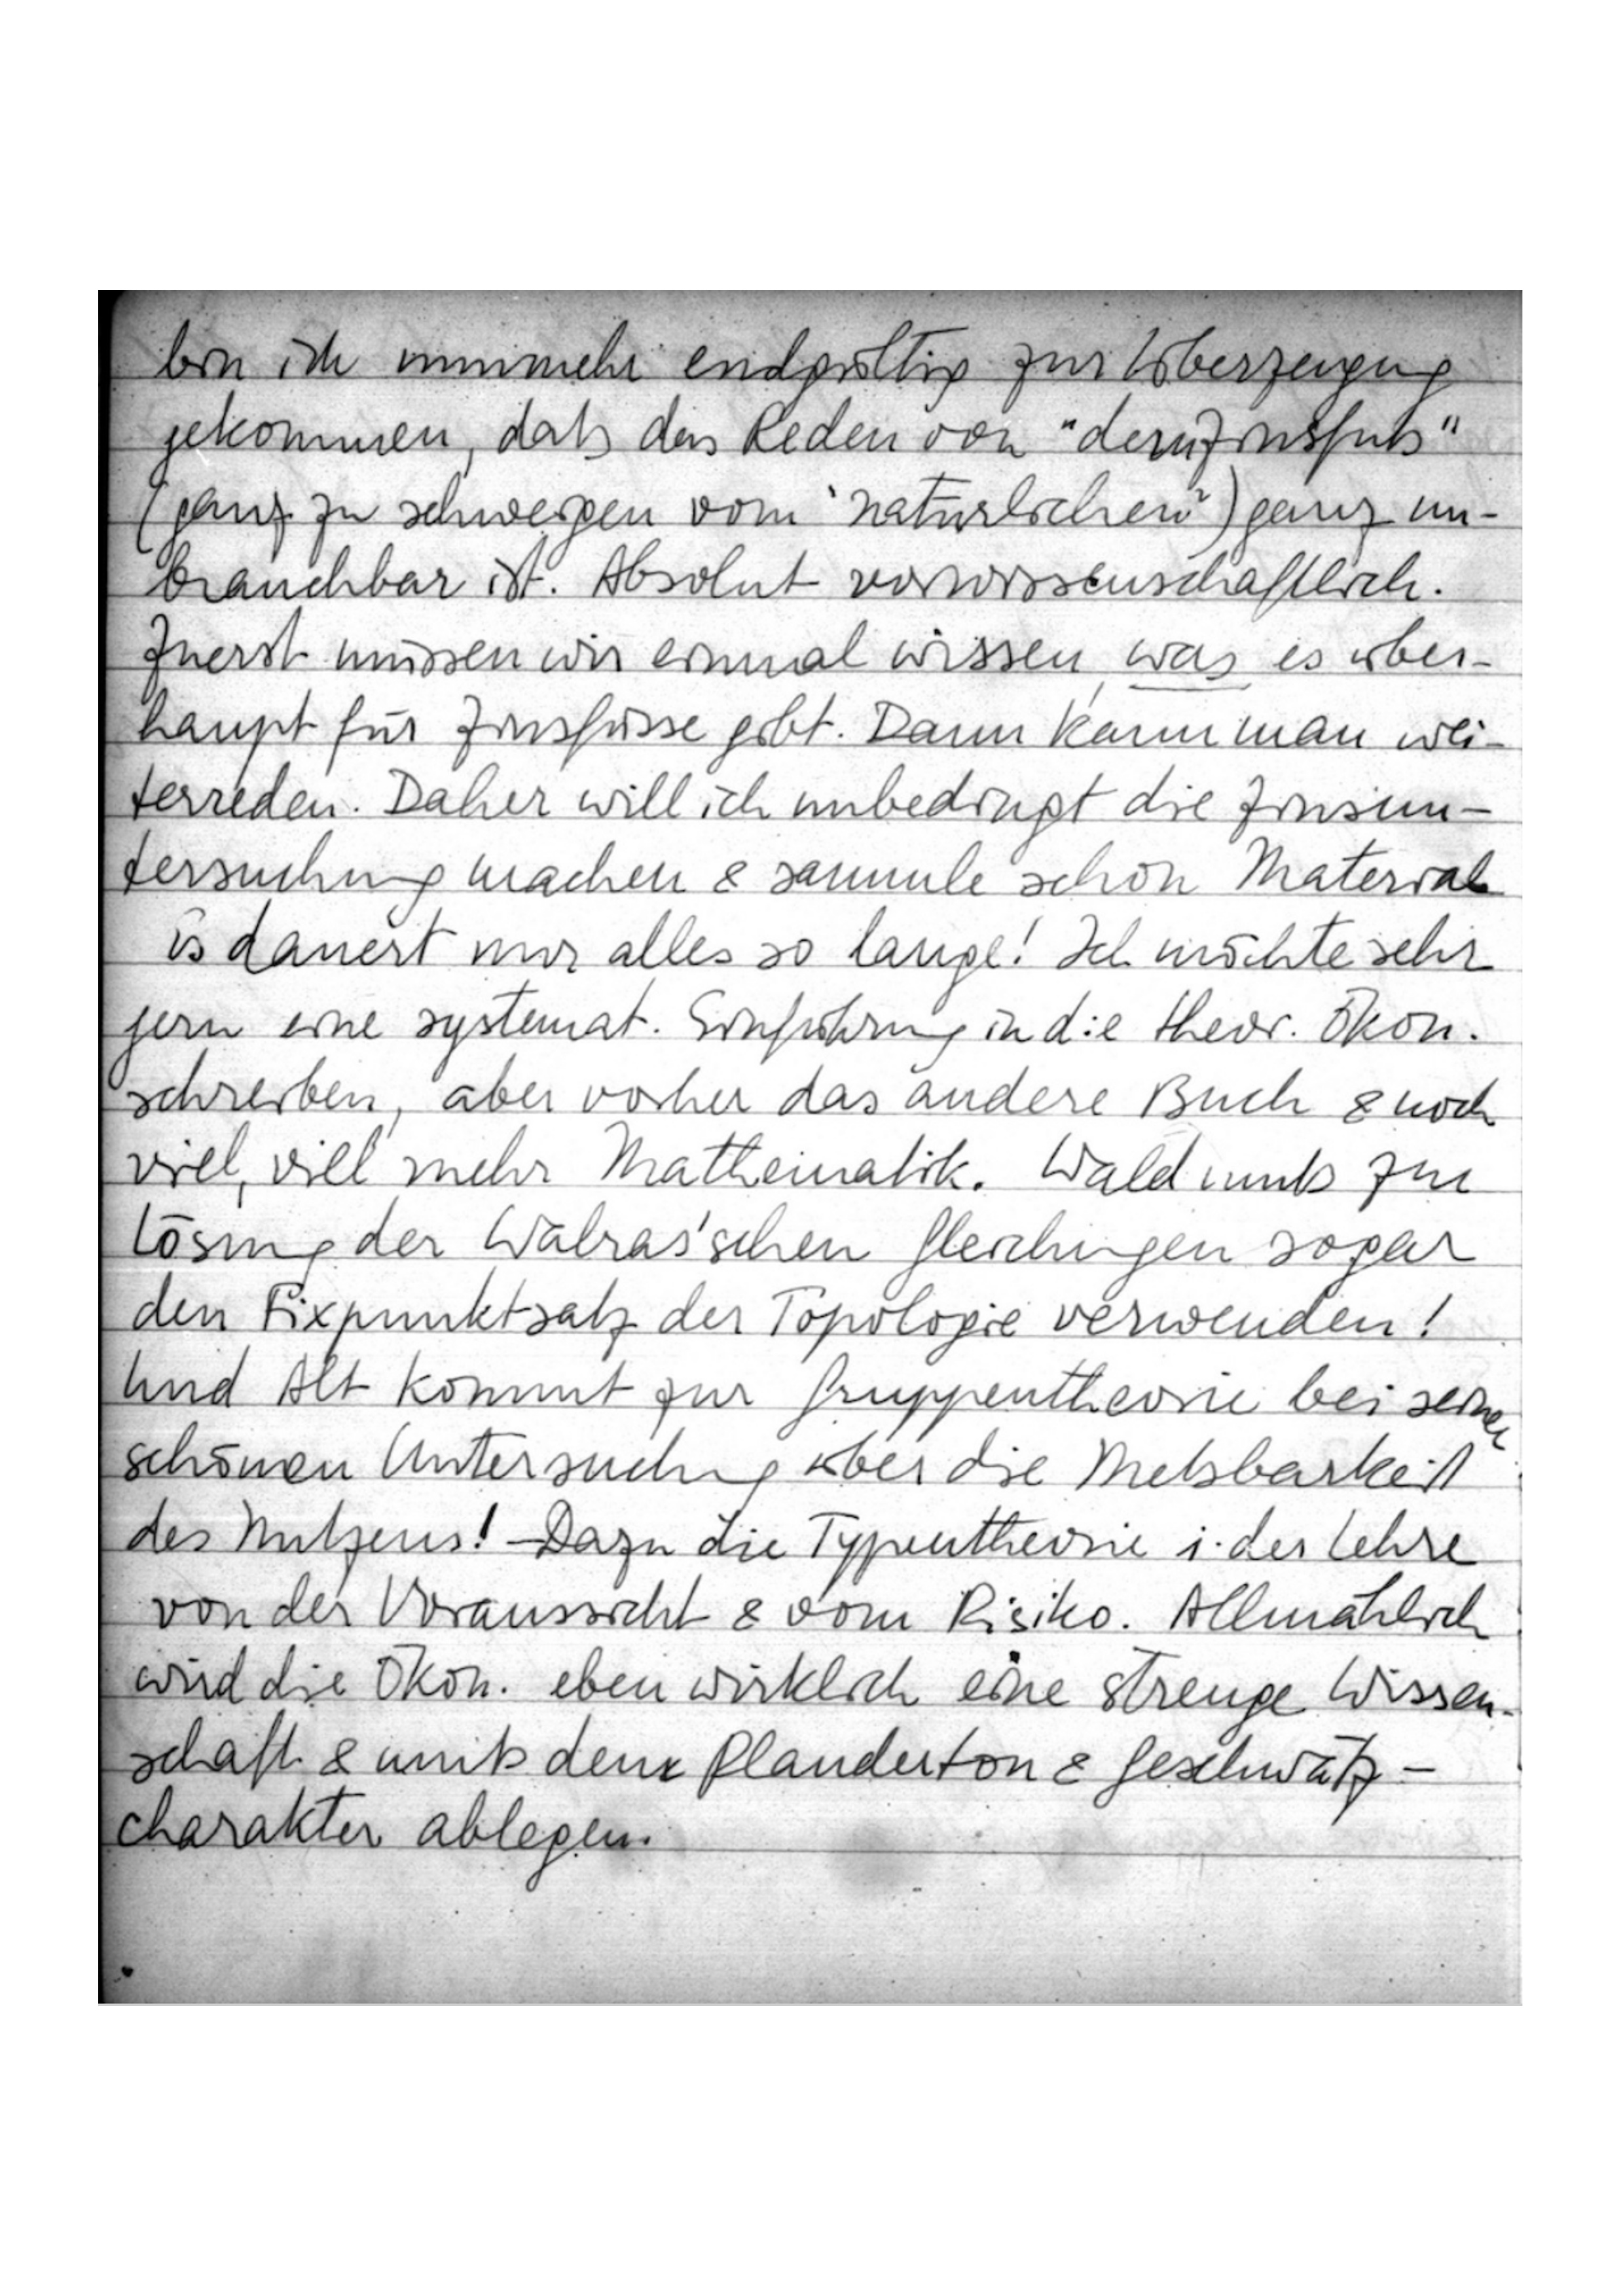
bin ich nunmehr endgültig zur Überzeugung
gekommen, daß das Reden von „dem Zinsfuß“
(ganz zu schweigen vom „natürlichen“) ganz un-
brauchbar ist. Absolut vorwissenschaftlich.
Zuerst müssen wir einmal wissen, was es über
haupt für Zinsfüsse gibt. Dann kann man wei
terreden. Daher will ich unbedingt die Zinsun
tersuchung machen & sammle schon Material
es dauert nur alles so lange! Ich möchte sehr
gern eine systemat. Einführung in die theor. Ökon.
schreiben, aber vorher das andere Buch & noch
viel, viel mehr Mathematik. Wald muß zur
Lösung der Walras’schen Gleichungen sogar
den Fixpunktsatz der Topologie verwenden!
Und Alt kommt zur Gruppentheorie bei seiner
schönen Untersuchung über die Meßbarkeit
des Nutzens! – Dazu die Typentheorie i. der Lehre
von der Voraussicht & vom Risiko. Allmählich
wird die Ökon. eben wirklich eine strenge Wissen
schaft & muß dem Plauderton & Geschwätz-
charakter ablegen.